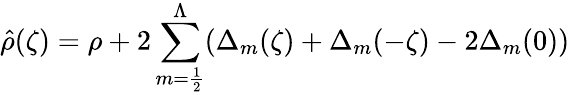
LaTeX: \hat{\rho}(\zeta)=\rho+2\sum_{m={\frac{1}{2}}}^{\Lambda}(\Delta_{m}(\zeta)+\Delta_{m}(-\zeta)-2\Delta_{m}(0))